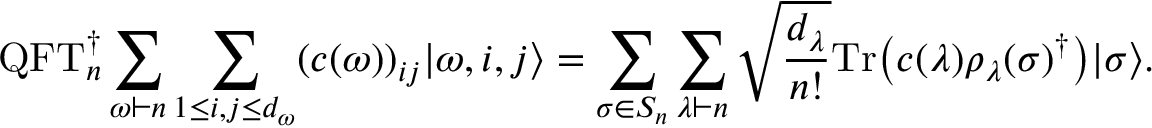
\mathrm { Q F T } _ { n } ^ { \dagger } \sum _ { \omega \vdash n } \sum _ { 1 \leq i , j \leq d _ { \omega } } ( c ( \omega ) ) _ { i j } | \omega , i , j \rangle = \sum _ { \sigma \in S _ { n } } \sum _ { \lambda \vdash n } \sqrt { \frac { d _ { \lambda } } { n ! } } { \mathrm { T r } { \left( c ( \lambda ) \rho _ { \lambda } ( \sigma ) ^ { \dagger } \right) } } | \sigma \rangle .